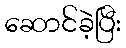
ဆောင်ခဲ့ပြီး